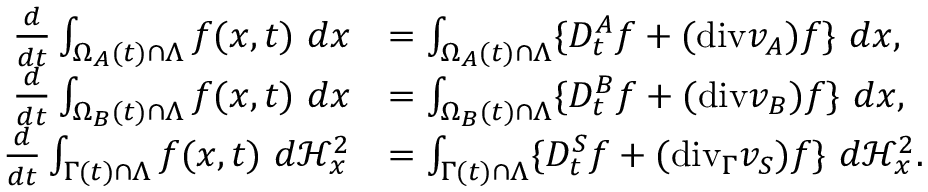
\begin{array} { r l } { \frac { d } { d t } \int _ { \Omega _ { A } ( t ) \cap \Lambda } f ( x , t ) { \ } d x } & { = \int _ { \Omega _ { A } ( t ) \cap \Lambda } \{ D _ { t } ^ { A } f + ( \mathrm { { d i v } } v _ { A } ) f \} { \ } d x , } \\ { \frac { d } { d t } \int _ { \Omega _ { B } ( t ) \cap \Lambda } f ( x , t ) { \ } d x } & { = \int _ { \Omega _ { B } ( t ) \cap \Lambda } \{ D _ { t } ^ { B } f + ( { \mathrm { d i v } } v _ { B } ) f \} { \ } d x , } \\ { \frac { d } { d t } \int _ { \Gamma ( t ) \cap \Lambda } f ( x , t ) { \ } d \mathcal { H } _ { x } ^ { 2 } } & { = \int _ { \Gamma ( t ) \cap \Lambda } \{ D _ { t } ^ { S } f + ( \mathrm { { d i v } } _ { \Gamma } v _ { S } ) f \} { \ } d \mathcal { H } _ { x } ^ { 2 } . } \end{array}